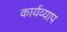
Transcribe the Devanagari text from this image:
कार्यव्याप